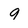
Character: 9